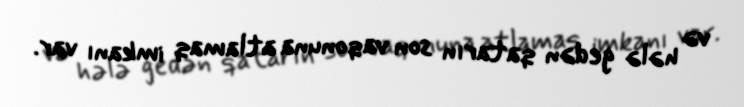
və hələ gedən qatarın son vaqonuna atlamaq imkanı var.